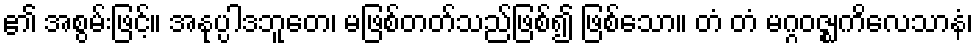
၏ အစွမ်းဖြင့်။ အနုပ္ပါဒဘူတေ၊ မဖြစ်တတ်သည်ဖြစ်၍ ဖြစ်သော။ တံ တံ မဂ္ဂဝဇ္ဈကိလေသာနံ၊